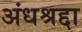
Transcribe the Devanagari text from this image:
अंधश्रद्दा